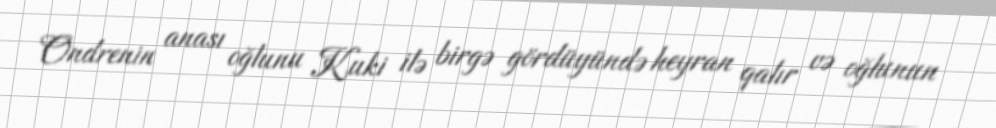
Ondrenin anası oğlunu Kuki ilə birgə gördüyündə heyran qalır və oğlunun